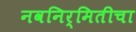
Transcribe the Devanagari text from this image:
नवनिर्मितीचा